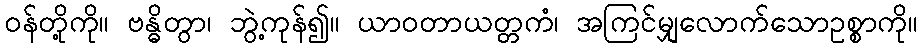
ဝန်တို့ကို။ ဗန္ဓိတွာ၊ ဘွဲ့ကုန်၍။ ယာဝတာယတ္တကံ၊ အကြင်မျှလောက်သောဥစ္စာကို။